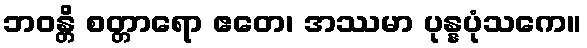
ဘဝန္တိ စတ္တာရော ဧတေ၊ အဿမာ ပုန္နပုံသကေ။